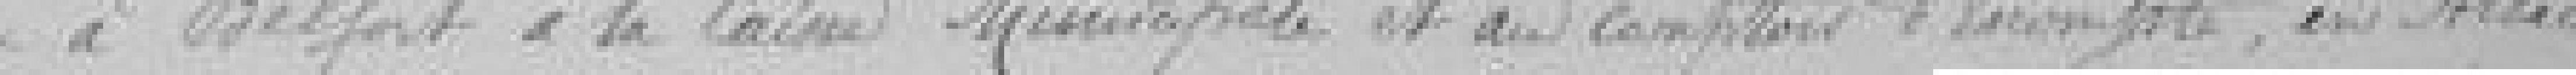
à Belfort à la Caisse Municipale et au comptoir d'escompte, en Alsace